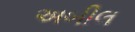
અબીલ